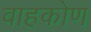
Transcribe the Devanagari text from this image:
वाहकोण